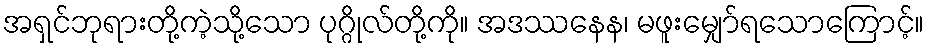
အရှင်ဘုရားတို့ကဲ့သို့သော ပုဂ္ဂိုလ်တို့ကို။ အဒဿနေန၊ မဖူးမျှော်ရသောကြောင့်။